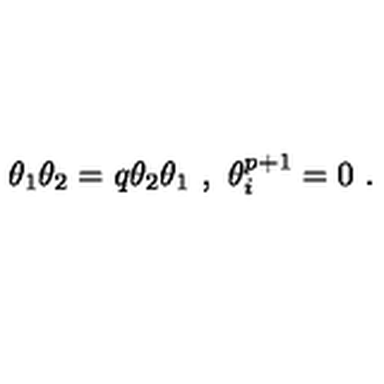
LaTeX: \theta _ { 1 } \theta _ { 2 } = q \theta _ { 2 } \theta _ { 1 } \ , \ \theta _ { i } ^ { p + 1 } = 0 \ .